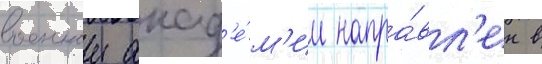
военнои акад'е́м'ии напра́вл'ен в